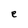
Character: e